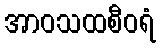
အာဝသထစီဝရံ